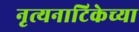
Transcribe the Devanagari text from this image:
नृत्यनाटिकेच्या